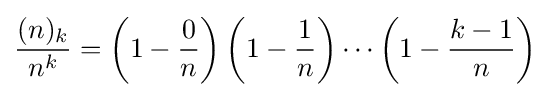
{\frac {(n)_{k}}{n^{k}}}=\left(1-{\frac {0}{n}}\right)\left(1-{\frac {1}{n}}\right)\cdots \left(1-{\frac {k-1}{n}}\right)